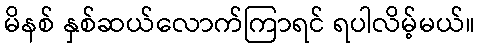
မိနစ် နှစ်ဆယ်လောက်ကြာရင် ရပါလိမ့်မယ်။